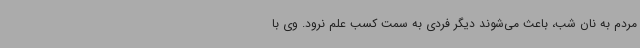
مردم به نان شب، باعث می‌شوند دیگر فردی به سمت کسب علم نرود. وی با